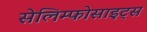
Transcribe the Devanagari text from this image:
सेलिम्फोसाइट्स